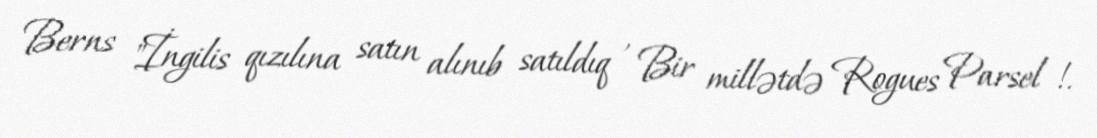
Berns "İngilis qızılına satın alınıb satıldıq , Bir millətdə Rogues Parsel !.